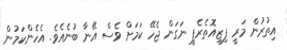
އިތުރުން މަރީ ފިޒިއޮތެރެޕީ ނަގަން ޖެހޭ ކަމަށް ވެސް އޭނާ ބުނެއެވެ. އެހެންކަމުން